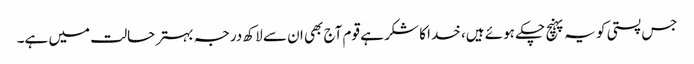
جس پستی کو یہ پہنچ چکے ہوئے ہیں، خدا کا شکر ہے قوم آج بھی ان سے لاکھ درجہ بہتر حالت میں ہے۔